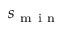
s _ { \mathrm { ~ m ~ i ~ n ~ } }